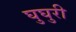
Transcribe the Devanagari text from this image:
घुघुरी